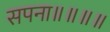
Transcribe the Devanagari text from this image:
सपना॥॥॥॥